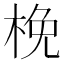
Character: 梚